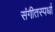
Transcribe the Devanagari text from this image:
संगीतस्पर्धा